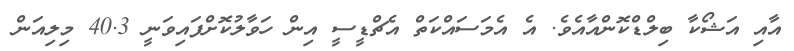
އާއި އަޝޯކާ ބިލްޑްކޮންއާއެވެ. އެ އެމަސައްކަތް އެޗްޑީސީ އިން ހަވާލުކޮށްފައިވަނީ 40.3 މިލިއަން